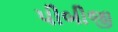
પીબીજી